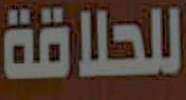
للحلاقة